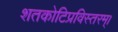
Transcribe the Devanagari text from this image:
शतकोटिप्रविस्तरम्‌।